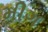
મીગ